kultuurilooline_kollektsioon, lk 21
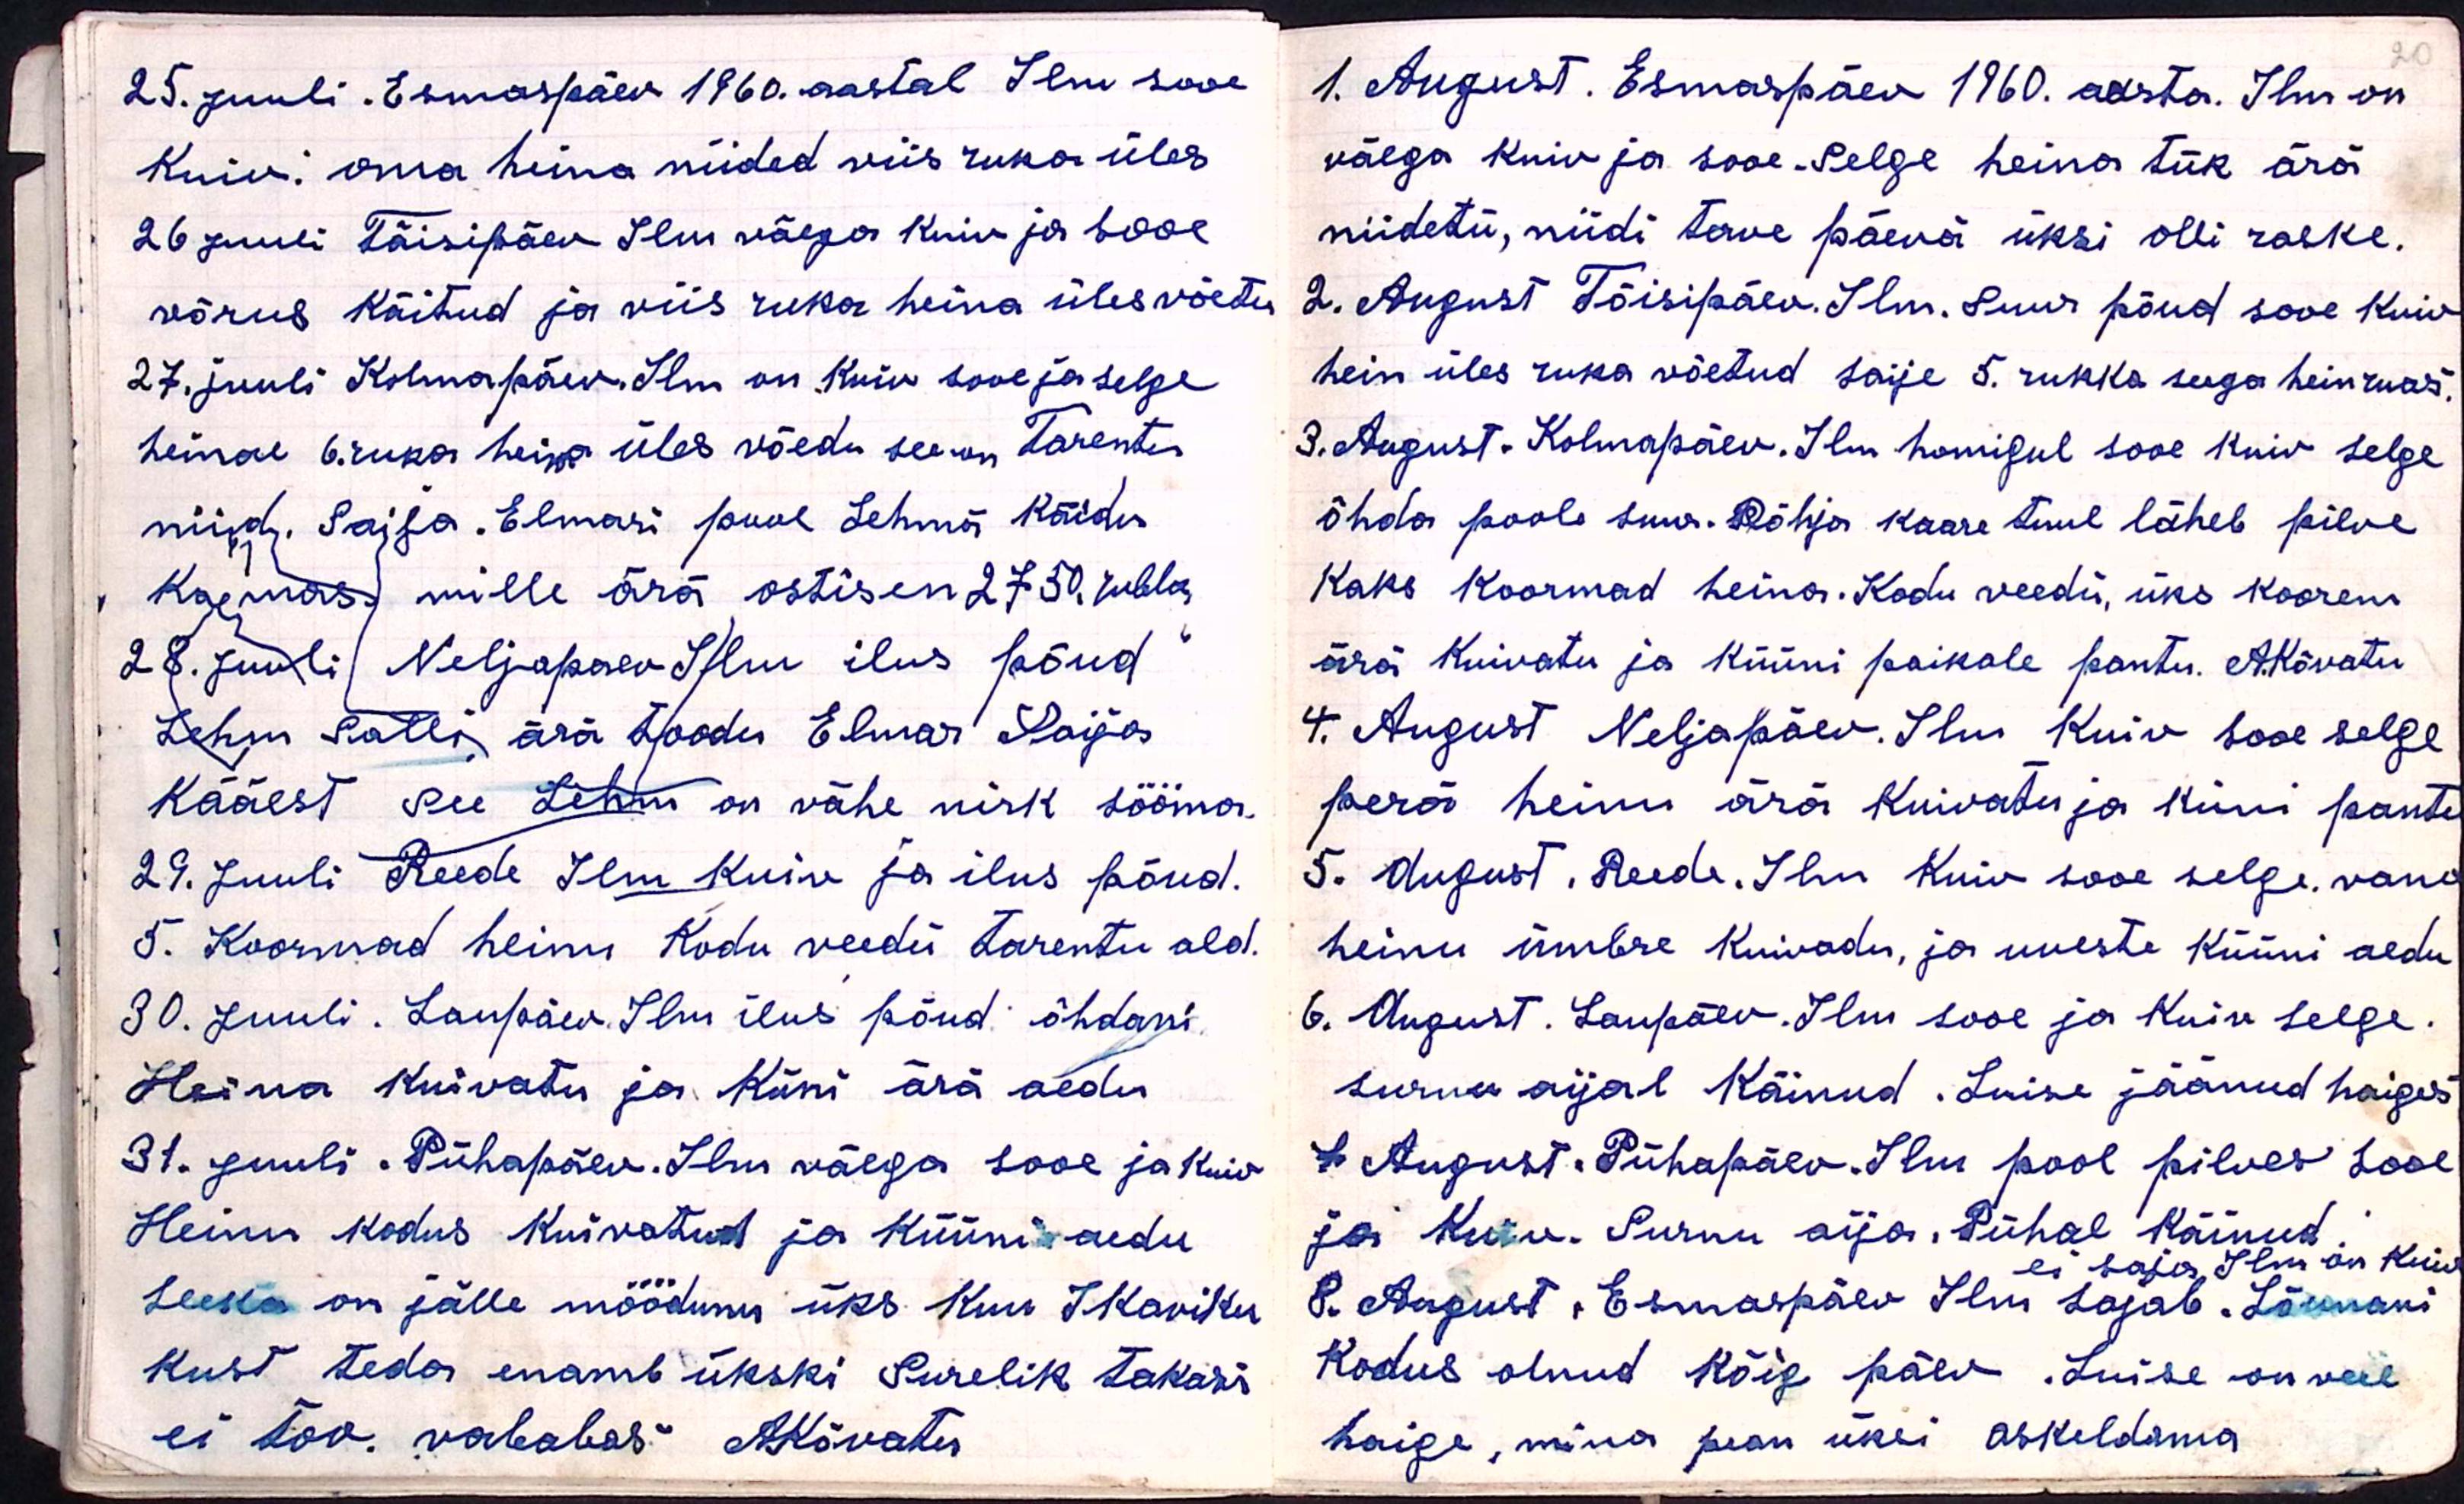
25. Juuli. Esmaspäev 1960. aastal Ilm sooe
kuiv. oma heina niided viis ruka üles
26 Juuli Täisipäev Ilm väega kuiv ja sooe
võrus käitud ja viis rika heina üles võetu
27. juuli Kolmapäev. Ilm on Kuiv sooe ja selge
heinal 6. rukas hein üles võedu see on Tarentu
niid. Saija. Elmari pool Lehmä Käidu
Kaemas mille ärä ostisin 27 50 rubla
28. Juuli. Neljapaev Ilm ilus põud
Lehm Salli ärä toodu Elmar Saija
kääest, see Lehm on vähe nirk sööma.
29. Juuli Reede Ilm Kuiv ja ilus põud.
5. Koormad heinu Kodu veedu tarentu ald.
30. Juuli. Laupäev Ilm ilus põud õhdani.
Heina kuivatu ja küni ärä aedu
31. juuli. Pühapäev. Ilm väega sooe ja Kuiw
Heinu kodus kuivatud ja küüni aedu
seeka on jälle möödunu üks kuu IKaviku
kust teda enamb ükski Surelik takasi
ei too. vababas AKõvatu

20
1. August. Esmaspäev 1960. aasta. Ilm on
väega kuiv ja sooe. Selge heina tük ärä
niidetü, niidi terve päevä üksi olli raske.
2. August Tõisipäev. Ilm. Suur põud sooe kuiv
hein üles ruka võetud saije 5. rukka seega heinruas
3. August. Kolmapäev. Ilm homigul sooe kuiv selge
õhda poole suur. Põhja kaare tuul läheb pilve
kaks koormad heina. Kodu veedü, üks koorem
ärä kuivatu ja küüni paikale pantu. A. Kõvatu
4. August Neljapäev. Ilm Kuiv sooe selge
perä heinu ärä kuivatu ja küni pantu
5. August. Reede. Ilm Kuiv sooe selge. vano
heinu ümbre kuivadu, ja uueste küüni aedu
6. August. Laupäev. Ilm sooe ja Kuiv selge.
surnu aijal käinud. Luise jäänud haiges
7 August. Pühapäev. Ilm pool pilves Sooe
ja kuiv. Surnu aija. Pühal käinud.
ei saja Ilm on kuiv
8. August. Esmaspäev Ilm sajab. Lõunani
Kodus olnud kõig päev. Luise on veel
haige, mina pean üksi askeldama